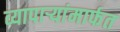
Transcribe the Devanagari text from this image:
व्यापाऱ्यांमार्फत